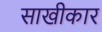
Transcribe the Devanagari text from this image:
साखीकार